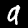
Digit: 9